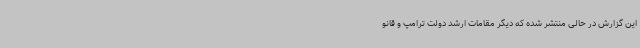
این گزارش در حالی منتشر شده که دیگر مقامات ارشد دولت ترامپ و قانو